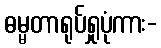
ဓမ္မတာရုပ်ရှုပုံကား-